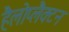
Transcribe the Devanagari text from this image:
हैलोप्लैक्टन